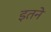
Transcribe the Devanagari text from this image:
इतने